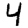
Digit: 4